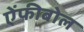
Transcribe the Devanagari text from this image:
ऐंफीबोल